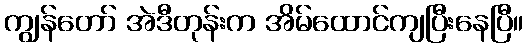
ကျွန်တော် အဲဒီတုန်းက အိမ်ထောင်ကျပြီးနေပြီ။